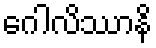
ဂေါလိဿာနိ